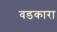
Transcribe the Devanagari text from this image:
वडकारा